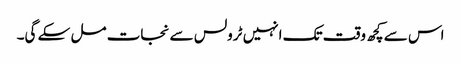
اس سے کچھ وقت تک انہیں ٹرولس سے نجات مل سکے گی۔